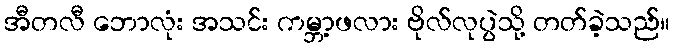
အီတလီ ဘောလုံး အသင်း ကမ္ဘာ့ဖလား ဗိုလ်လုပွဲသို့ တတ်ခဲ့သည်။